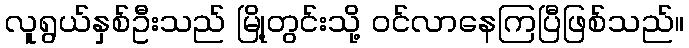
လူရွယ်နှစ်ဦးသည် မြို့တွင်းသို့ ဝင်လာနေကြပြီဖြစ်သည်။